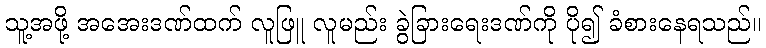
သူ့အဖို့ အအေးဒဏ်ထက် လူဖြူ လူမည်း ခွဲခြားရေးဒဏ်ကို ပို၍ ခံစားနေရသည်။